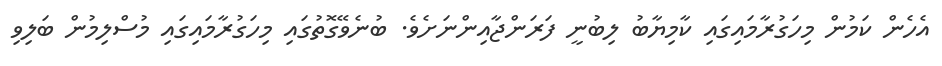
އެހެން ކަމުން މިހަގުރާމައިގައި ކާމިޔާބު ލިބުނީ ފަރަންޖާއިންނަށެވެ. ބުނެވޭގޮތުގައި މިހަގުރާމައިގައި މުސްލިމުން ބަލިވި